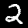
Label: 2